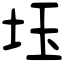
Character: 𡊩